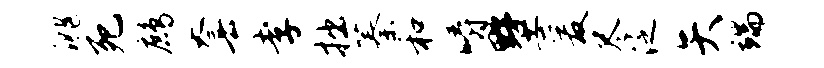
洮死鹧套孝拙蓁和嚼墅爰尽泛矢端